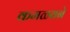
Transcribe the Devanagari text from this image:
कमळवने